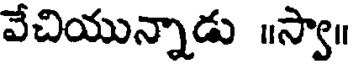
వేచియున్నాడు ॥స్వా॥